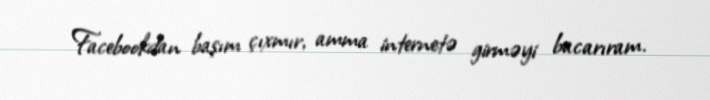
Facebookdan başım çıxmır, amma internetə girməyi bacarıram.